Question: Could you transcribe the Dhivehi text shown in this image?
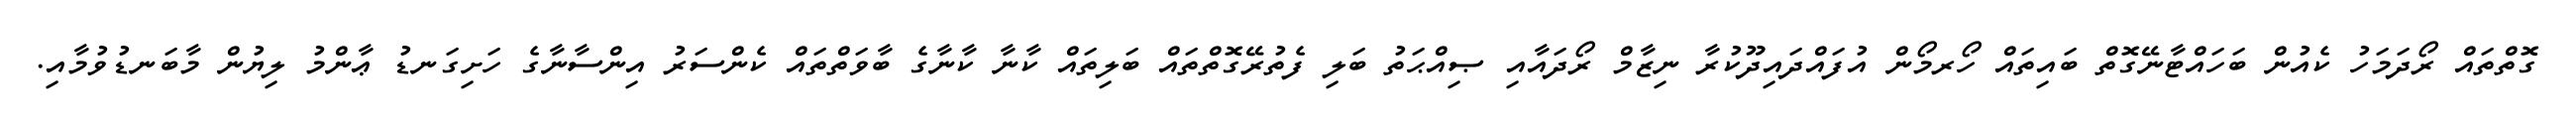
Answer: ގޮތްތައް ރޯދަމަހު ކެއުން ބަހައްޓާނޭގޮތް ބައިތައް ހޯރމޯން އުފައްދައިދޫކުރާ ނިޒާމް ރޯދައާއި ޞިއްޙަތު ބަލި ފެތުރޭގޮތްތައް ބަލިތައް ކާނާ ކާނާގެ ބާވަތްތައް ކެންސަރު އިންސާނާގެ ހަށިގަނޑު ޢާންމު ލިޔުން މާބަނޑުވުމާއި.